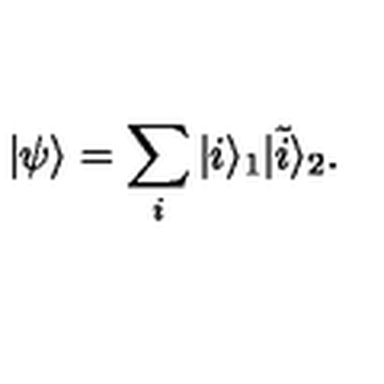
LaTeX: | \psi \rangle = \sum _ { i } | i \rangle _ { 1 } | \tilde { i } \rangle _ { 2 } .